Indian journal of veterinary science and animal husbandry - Volumes 28-29, 1958-1959
Year: 1958
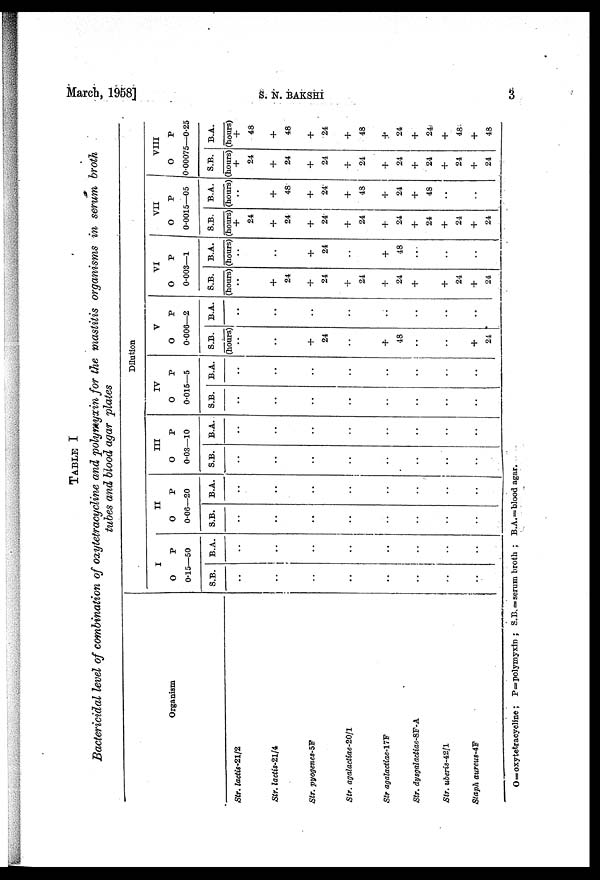
March, 1958]
S.
N.
BAKSHI
3
TABLE I
Bactericidal level of combination of oxytetracycline and polymyxin for the mastitis organisms in serum broth
tubes and blood agar plates
Organism
Str. lactis-21/2
Str. lactis-21/4
Str. pyogenes-5F
Str. agalactiae-20/1
Str agalactiae-17F
Str. dysgalactiae-8F-A
Str. uberis-42/1
Staph
aureus-4F
Dilution
I
O
P
0.15—50
S.B.
. .
. .
. .
. .
. .
. .
. .
. .
B.A.
. .
. .
. .
. .
. .
. .
. .
. .
II
O
P
0.06—20
S.B.
. .
. .
. .
. .
. .
. .
. .
. .
B.A.
. .
. .
. .
. .
. .
. .
. .
. .
III
O
P
0.03—10
S.B.
. .
. .
. .
. .
. .
. .
. .
. .
B.A.
. .
. .
. .
. .
. .
. .
. .
. .
IV
O
P
0.015—5
S.B.
. .
. .
. .
. .
. .
. .
. .
. .
B.A.
. .
. .
. .
. .
. .
. .
. .
. .
V
O
P
0.006—2
S.B.
(hours)
. .
. .
+
24
. .
+
48
. .
. .
+
24
B.A.
. .
. .
. .
. .
. .
. .
. .
. .
VI
O
P
0.003—1
S.B.
(hours
. .
+
24
+
24
+
24
+
24
+
+
24
+
24
B.A.
(hours)
. .
. .
+
24
. .
+
48
. .
. .
. .
VII
O
P
0.0015—05
S.B.
(hours)
+
24
+
24
+
24
+
24
+
24
+
24
+
24
+
24
B.A.
(hours)
. .
+
48
+
24
+
48
+
24
+
48
. .
. .
. .
VIII
O
P
0.00075—0.25
S.B.
(hours)
+
24
+
24
+
24
+
24
+
24
+
24
+
24
+
24
B.A.
(hours)
+
48
+
48
+
24
+
48
+
24
+
24
+
48
+
48
O=oxytetracycline; P=polymyxin; S.B.= serum broth; B.A.=blood agar.